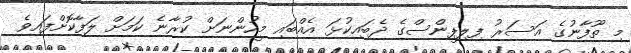
މި ތޫފާނުގެ އަސަރު ފިލިޕީންސްގެ ދެބައިކުޅަ އެއްބައި މީހުންނަށް ކުރާނެ ކަމަށް ލަފާކޮށްފައިވެ